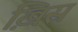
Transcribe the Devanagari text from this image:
ख़िस्र